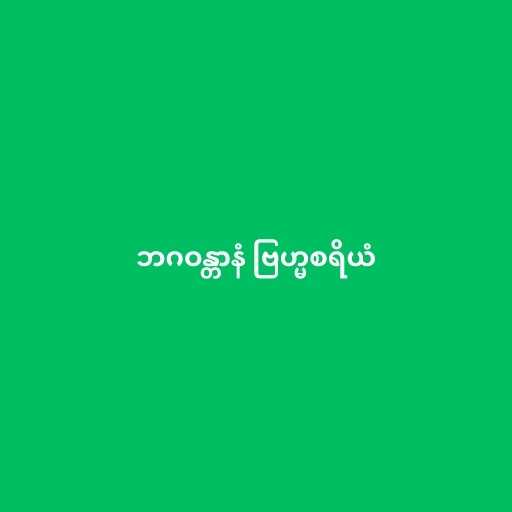
ဘဂဝန္တာနံ ဗြဟ္မစရိယံ